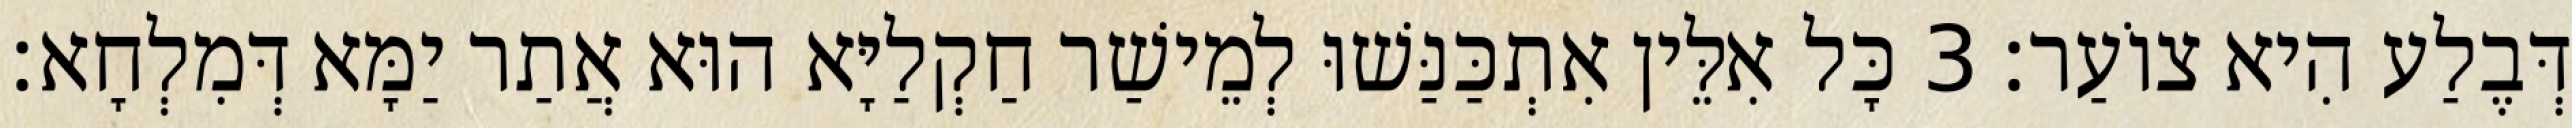
דְּבֶלַע הִיא צוֹעַר׃ 3 כָּל אִלֵּין אִתְכַּנַּשׁוּ לְמֵישַׁר חַקְלַיָּא הוּא אֲתַר יַמָּא דְּמִלְחָא׃